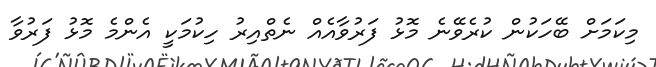
މިކަމަށް ބޭހަކުން ކުރެވޭނެ މޮޅު ފަރުވާއެއް ނެތްއިރު ހިކުމަކީ އެންމެ މޮޅު ފަރުވާ